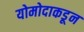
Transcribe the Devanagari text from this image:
योमोदाकडून